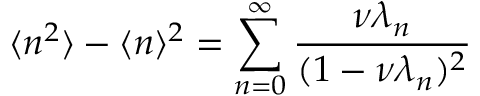
\langle n ^ { 2 } \rangle - \langle n \rangle ^ { 2 } = \sum _ { n = 0 } ^ { \infty } \frac { \nu \lambda _ { n } } { ( 1 - \nu \lambda _ { n } ) ^ { 2 } }